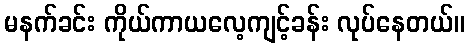
မနက်ခင်း ကိုယ်ကာယလေ့ကျင့်ခန်း လုပ်နေတယ်။